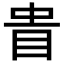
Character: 𥅌